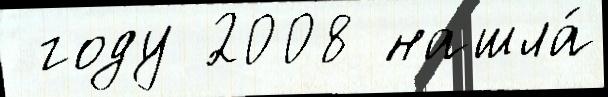
 году 2008 нашла́